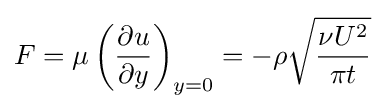
F=\mu \left({\frac {\partial u}{\partial y}}\right)_{y=0}=-\rho {\sqrt {\frac {\nu U^{2}}{\pi t}}}